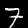
Digit: 7